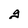
Character: g